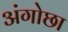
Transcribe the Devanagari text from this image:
अंगोछा